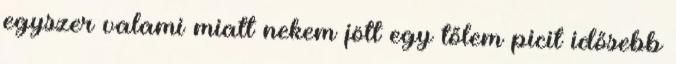
egyszer valami miatt nekem jött egy tőlem picit idősebb